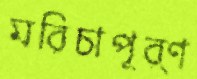
মরিচাপূর্ণ